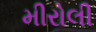
મીરોલી